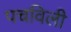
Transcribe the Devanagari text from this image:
पचविली